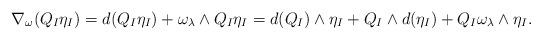
LaTeX: \begin{align*} \nabla_{\omega}(Q_{I} \eta_{I}) = d(Q_{I} \eta_{I}) + \omega_{\lambda} \wedge Q_{I} \eta_{I} = d(Q_{I}) \wedge \eta_{I} + Q_{I} \wedge d(\eta_{I}) + Q_{I} \omega_{\lambda} \wedge \eta_{I}. \end{align*}